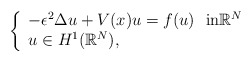
\begin{align*}\left\{\begin{array}{l}-\epsilon^2\Delta u + V(x)u = f(u) \ \ \mbox{in$\mathbb{R}^N$}\\u \in H^1(\mathbb{R}^N),\end{array}\right. \end{align*}